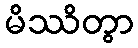
မိဿိတွာ